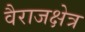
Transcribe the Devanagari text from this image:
वैराजक्षेत्र